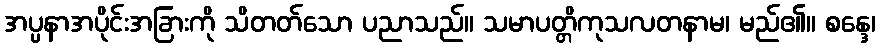
အပ္ပနာအပိုင်းအခြားကို သိတတ်သော ပညာသည်။ သမာပတ္တိကုသလတနာမ၊ မည်၏။ စန္ဒေ၊